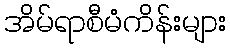
အိမ်ရာစီမံကိန်းများ